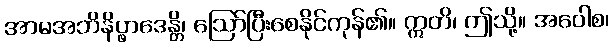
အာမအဘိနိပ္ဖာဒေန္တိ၊ ဩော်ပြီးစေနိုင်ကုန်၏။ ဣတိ၊ ဤသို့။ အဝေါစ၊